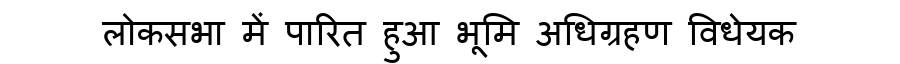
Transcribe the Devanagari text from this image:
लोकसभा में पारित हुआ भूमि अधिग्रहण विधेयक